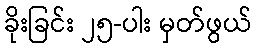
ခိုးခြင်း ၂၅-ပါး မှတ်ဖွယ်